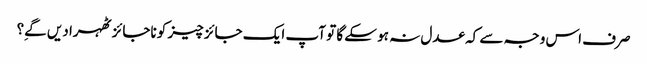
صرف اس وجہ سے کہ عدل نہ ہو سکے گا تو آپ ایک جائز چیز کو ناجائز ٹھہرا دیں گےِ؟